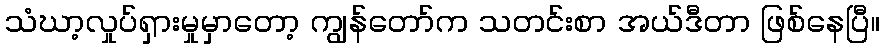
သံဃာ့လှုပ်ရှားမှုမှာတော့ ကျွန်တော်က သတင်းစာ အယ်ဒီတာ ဖြစ်နေပြီ။